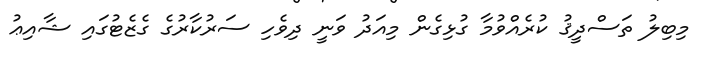
މިބިލު ތަސްދީޤު ކުރެއްވުމާ ގުޅިގެން މިއަދު ވަނީ ދިވެހި ސަރުކާރުގެ ގެޒެޓުގައި ޝާއިޢު